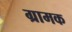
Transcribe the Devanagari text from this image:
ग्रामक